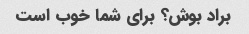
براد بوش؟ برای شما خوب است